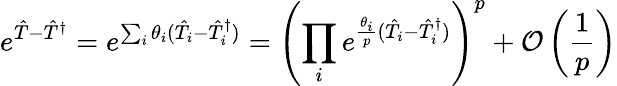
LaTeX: e^{\hat{T}-\hat{T}^{\dagger}}=e^{\sum_{i}\theta_{i}(\hat{T}_{i}-\hat{T}_{i}^{\dagger})}=\left(\prod_{i}e^{\frac{\theta_{i}}{p}(\hat{T}_{i}-\hat{T}_{i}^{\dagger})}\right)^{p}+\mathcal{O}\left(\frac{1}{p}\right)